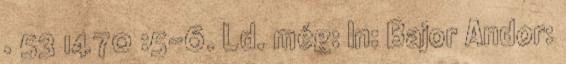
. 53 1470 :5-6. Ld. még: In: Bajor Andor: